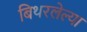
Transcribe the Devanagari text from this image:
बिथरलेल्या